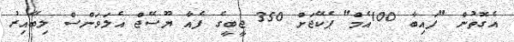
އެގޮތުން "ފައިބާ 100އެމް" ޕެކޭޖަށް 350 ޖީބީގެ ފެއާ ޔޫސޭޖް އެލަވަންސް ލިބޭއިރު